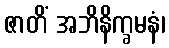
ဇာတိံ အဘိနိက္ခမနံ၊